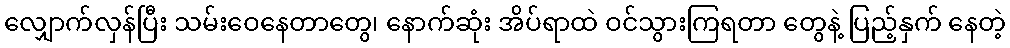
လျှောက်လှန်ပြီး သမ်းဝေနေတာတွေ၊ နောက်ဆုံး အိပ်ရာထဲ ဝင်သွားကြရတာ တွေနဲ့ ပြည့်နှက် နေတဲ့